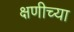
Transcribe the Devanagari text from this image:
क्षणीच्या